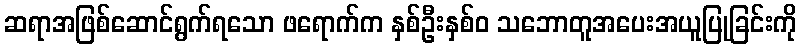
ဆရာအဖြစ်ဆောင်ရွက်ရသော ဖရောက်က နှစ်ဦးနှစ်ဝ သဘောတူအပေးအယူပြုခြင်းကို